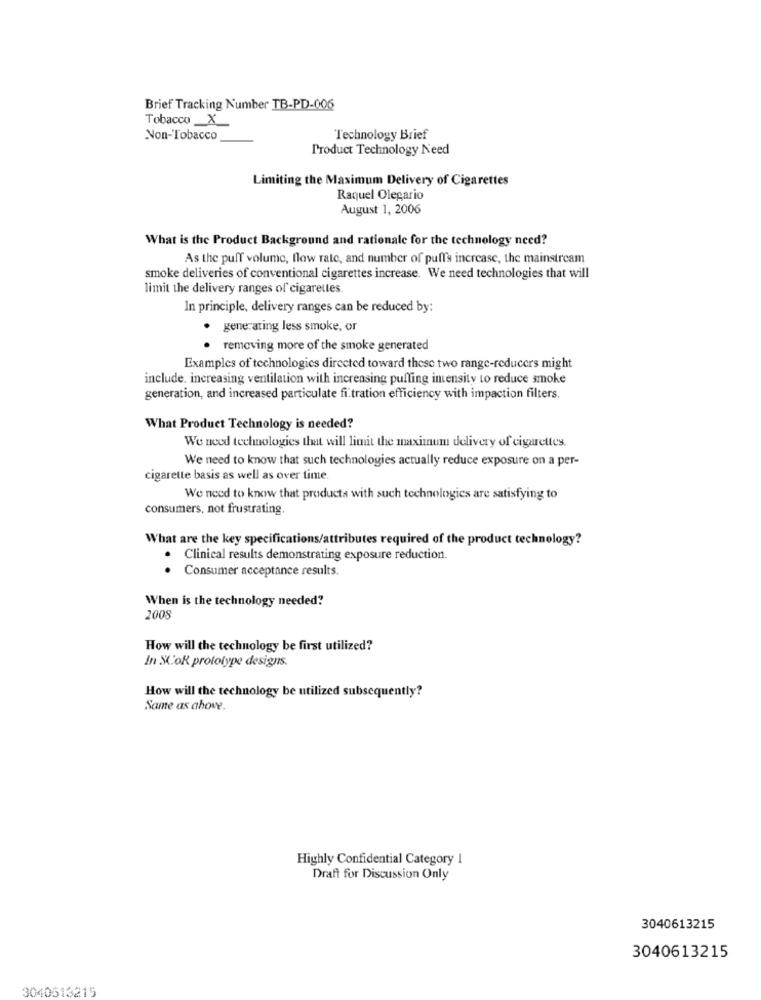
Brief Tracking Number TB-PD-006
Tobacco _X_
Non-Tobacco
Technology Brief
Product Technology Need
Limiting the Maximum Delivery of Cigarettes
Raquel Olegario
August 1, 2006
What is the Product Background and rationale for the technology need?
As the puff volume, flow rate, and number of puff's increase, the mainstream
smoke deliveries of conventional cigarettes increase. We need technologies that will
limit the delivery ranges of cigarettes
In principle, delivery ranges can be reduced by:
· generating less smoke, or
removing more of the smoke generated
Examples of technologies directed toward these two range-reducers might
include. increasing ventilation with increasing puffing imensity to reduce smoke
generation, and increased particulate fi tration efficiency with impaction filters.
What Product Technology is needed?
We need technologies that will limit the maximum delivery of cigarettes.
We need to know that such technologies actually reduce exposure on a per-
cigarette basis as well as over time
We need to know that products with such technologies are satisfying to
consumers, not frustrating.
What are the key specifications/attributes required of the product technology?
Clinical results demonstrating exposure reduction.
. Consumer acceptance results.
When is the technology needed?
2008
How will the technology be first utilized?
In SCOR prototype designs.
How will the technology be utilized subsequently?
Same as above.
Highly Confidential Category 1
Draft for Discussion Only
3040613215
3040613215
3040513215